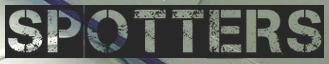
SPOTTERS